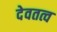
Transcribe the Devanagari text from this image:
देवतत्व